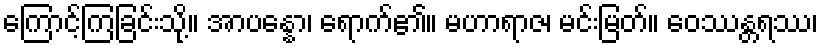
ကြောင့်ကြခြင်းသို့။ အာပန္နော၊ ရောက်၏။ မဟာရာဇ၊ မင်းမြတ်။ ဝေဿန္တရဿ၊